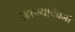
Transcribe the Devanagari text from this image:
रहाण्याऍवजी